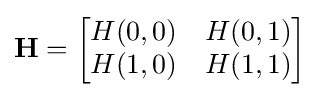
\mathbf {H} ={\begin{bmatrix}H(0,0)&H(0,1)\\H(1,0)&H(1,1)\end{bmatrix}}